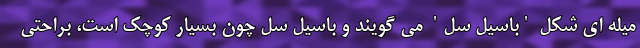
میله ای شکل 'باسیل سل' می گویند و باسیل سل چون بسیار کوچک است، براحتی